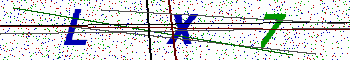
Text: LX7